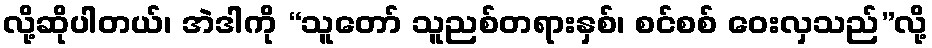
လို့ဆိုပါတယ်၊ အဲဒါကို “သူတော် သူညစ်တရားနှစ်၊ စင်စစ် ဝေးလှသည်”လို့